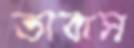
তাবাস